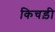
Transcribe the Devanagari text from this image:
किचड़ी